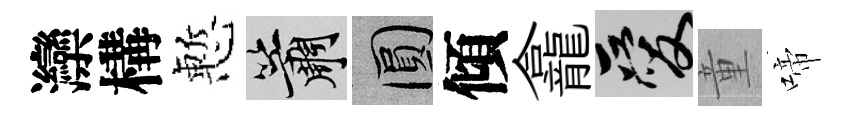
灤構慙簫圓傾龕爱童啼